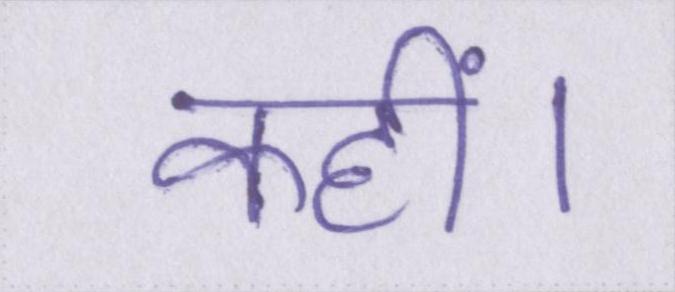
कहीं।